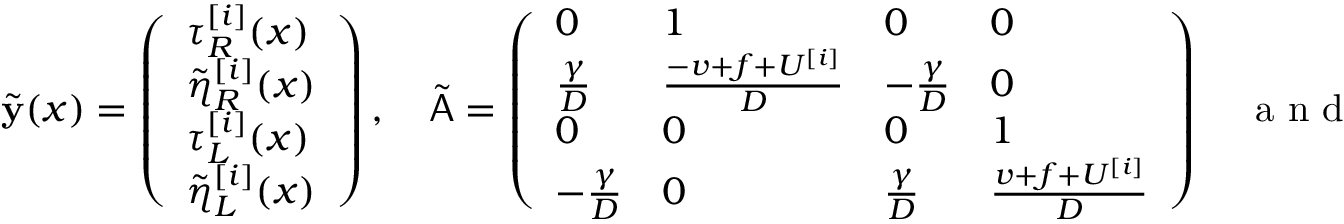
\tilde { \mathbf { y } } ( x ) = \left( \begin{array} { l } { \tau _ { R } ^ { [ i ] } ( x ) } \\ { \tilde { \eta } _ { R } ^ { [ i ] } ( x ) } \\ { \tau _ { L } ^ { [ i ] } ( x ) } \\ { \tilde { \eta } _ { L } ^ { [ i ] } ( x ) } \end{array} \right) , \quad \tilde { \mathsf { A } } = \left( \begin{array} { l l l l } { 0 } & { 1 } & { 0 } & { 0 } \\ { \frac { \gamma } { D } } & { \frac { - v + f + U ^ { [ i ] } } { D } } & { - \frac { \gamma } { D } } & { 0 } \\ { 0 } & { 0 } & { 0 } & { 1 } \\ { - \frac { \gamma } { D } } & { 0 } & { \frac { \gamma } { D } } & { \frac { v + f + U ^ { [ i ] } } { D } } \end{array} \right) \quad \mathrm { ~ a ~ n ~ d ~ } \quad \tilde { \mathbf { b } } = \left( \begin{array} { l } { - 1 } \\ { 0 } \\ { - 1 } \\ { 0 } \end{array} \right) .